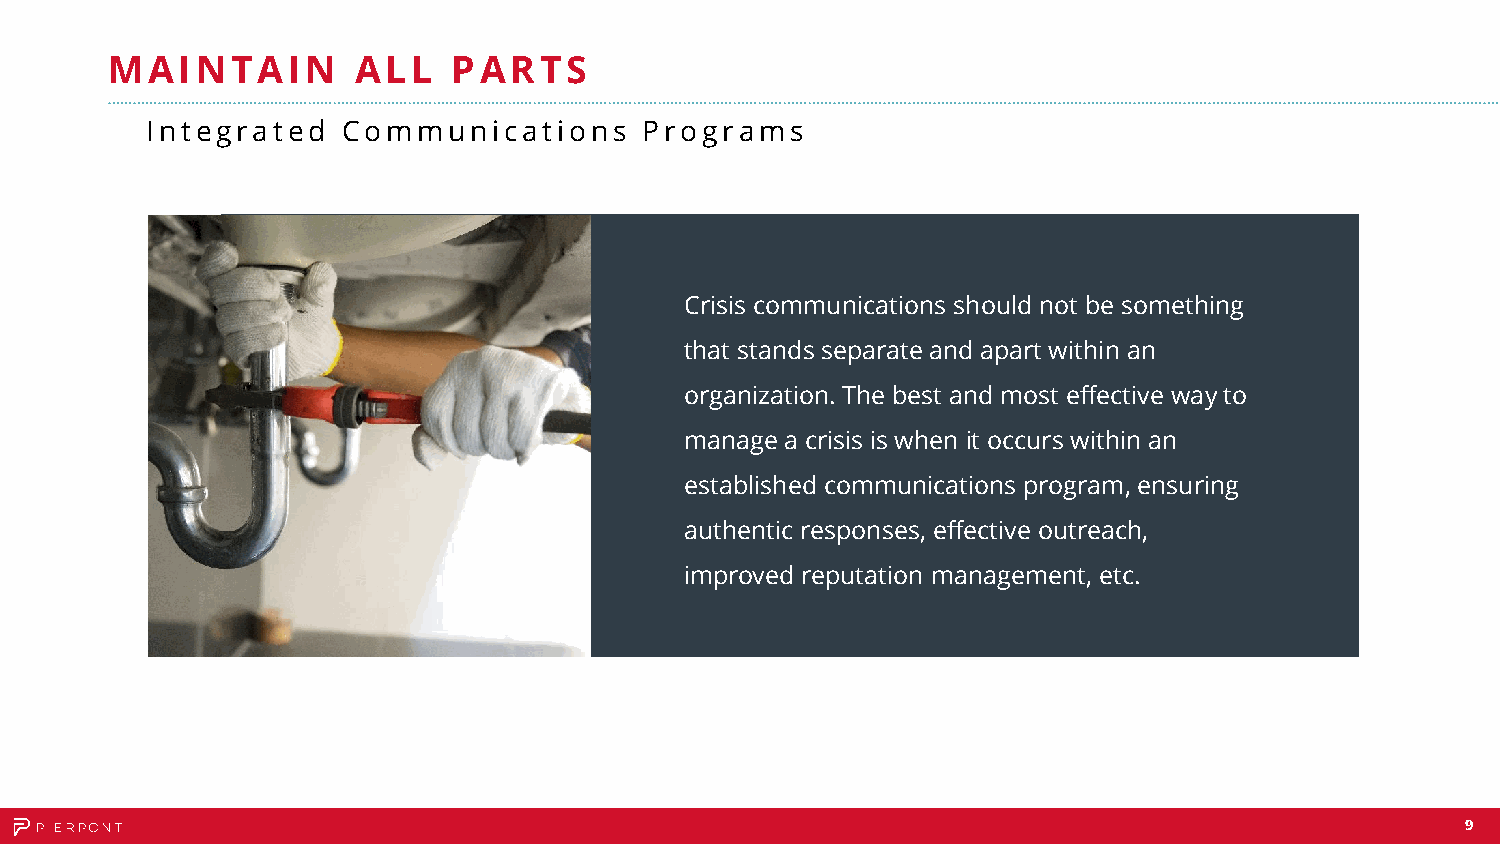
MAINTAIN        ALL    PARTS
 Integrated   Communications      Programs
 Crisis communications should not be something
 that stands separate and apart within an
 organization. The best and most effective way to
 manage a crisis is when it occurs within an
 established communications program, ensuring
 authentic responses, effective outreach,
 improved reputation management, etc.
 9